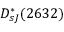
D _ { s J } ^ { * } ( 2 6 3 2 )